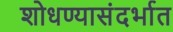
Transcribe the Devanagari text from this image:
शोधण्यासंदर्भात